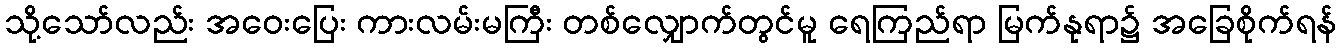
သို့သော်လည်း အဝေးပြေး ကားလမ်းမကြီး တစ်လျှောက်တွင်မူ ရေကြည်ရာ မြက်နုရာ၌ အခြေစိုက်ရန်